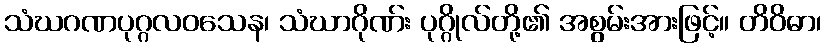
သံဃဂဏပုဂ္ဂလဝသေန၊ သံဃာဂိုဏ်း ပုဂ္ဂိုလ်တို့၏ အစွမ်းအားဖြင့်။ တိဝိဓာ၊